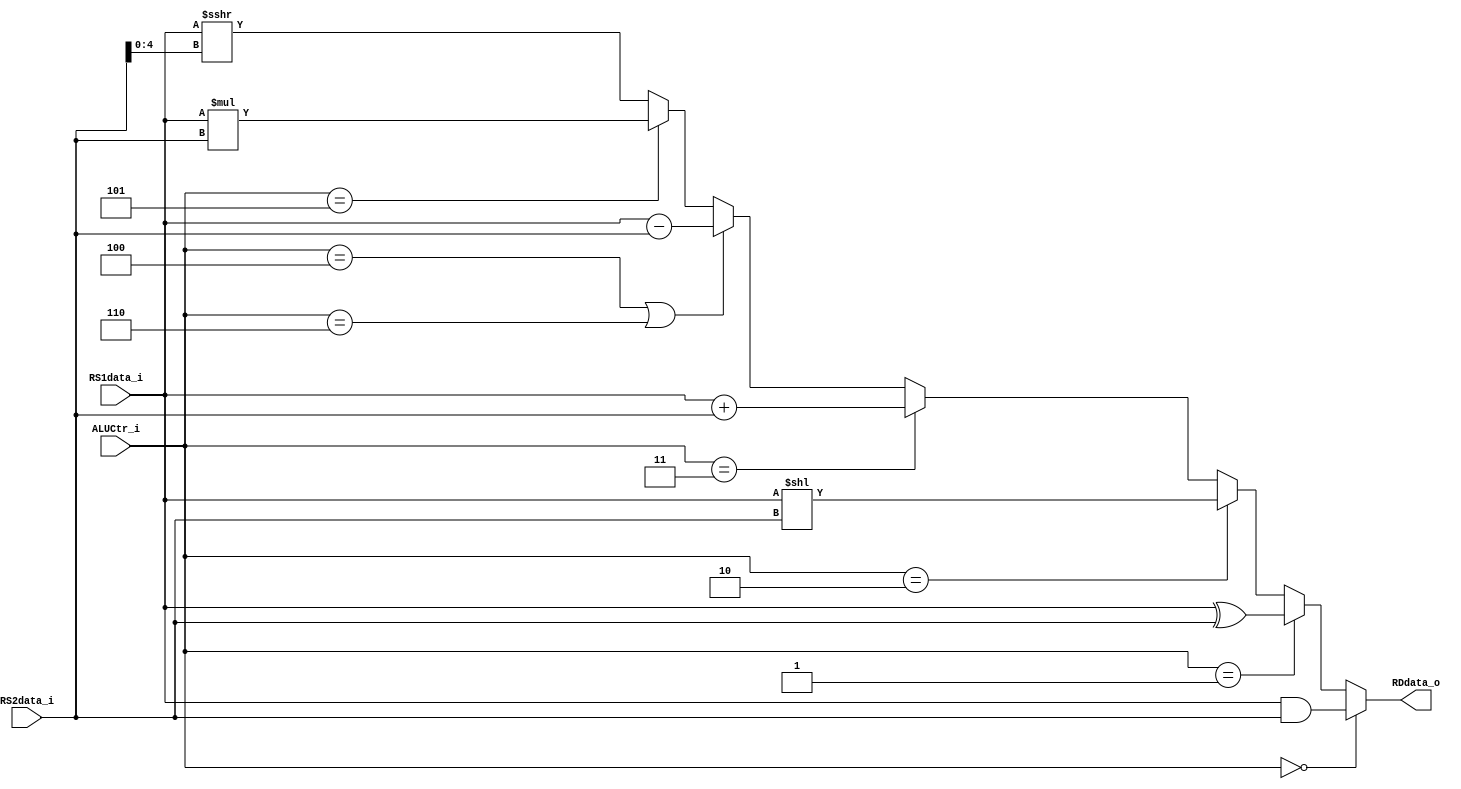
module ALU(
    ALUCtr_i, 
    RS1data_i, 
    RS2data_i,  
    RDdata_o
);

input [2:0] ALUCtr_i;
input signed [31:0] RS1data_i;
input [31:0] RS2data_i;
output [31:0] RDdata_o;

// case and if-else must be in an always block

assign RDdata_o = (ALUCtr_i == 3'b000) ? (RS1data_i & RS2data_i) : // and
                  (ALUCtr_i == 3'b001) ? (RS1data_i ^ RS2data_i) : // xor
                  (ALUCtr_i == 3'b010) ? (RS1data_i << RS2data_i) : // sll
                  (ALUCtr_i == 3'b011) ? (RS1data_i + RS2data_i) : // add, addi, lw, sw
                  (ALUCtr_i == 3'b100 || ALUCtr_i == 3'b110) ? (RS1data_i - RS2data_i) : // sub & beq
                  (ALUCtr_i == 3'b101) ? (RS1data_i * RS2data_i) : (RS1data_i >>> RS2data_i[4:0]);// mul
                  // (ALUCtr_i == 3'b111) srai: https://nandland.com/shift-operator/

endmodule